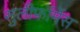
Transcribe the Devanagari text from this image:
सुलीफॉर्मेस